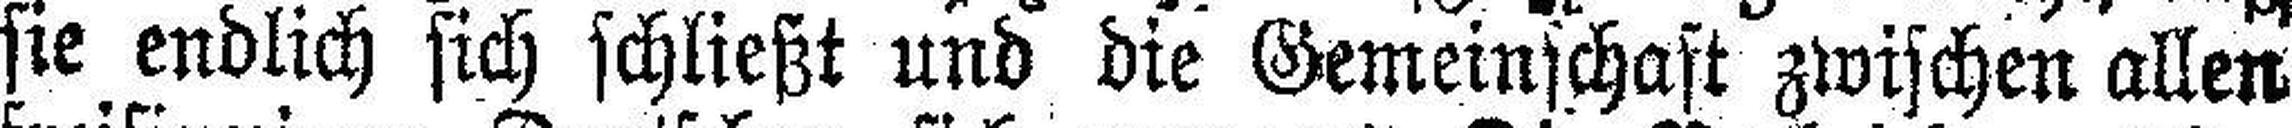
sie endlich sich schließt und die Gemeinschaft zwischen allen